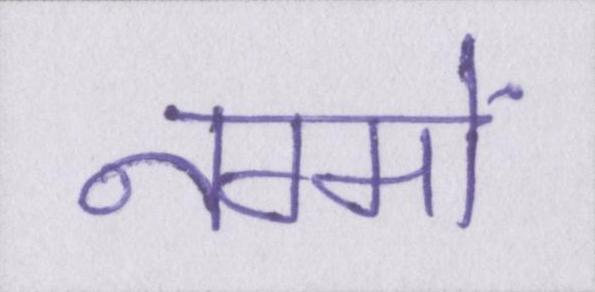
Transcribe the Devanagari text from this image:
नग्मों